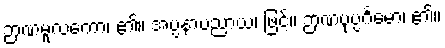
ဉာဏမူလကော၊ ၏။ အပ္ပနာပညာယ၊ ဖြင့်။ ဉာဏပုပ္ပင်္ဂမော၊ ၏။